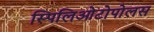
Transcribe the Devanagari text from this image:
स्पिलिओटोपोलस